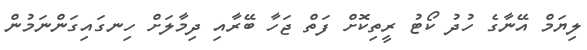
ލިޔަމް އޭނާގެ ހުދު ކޯޓު ރީތިކޮށް ފަތް ޖަހާ ބޭރާއި ދިމާލަށް ހިނގައިގަންނަމުން